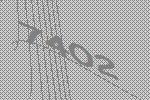
7402